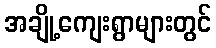
အချို့ကျေးရွာများတွင်